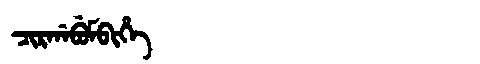
Manchu: ᠴᡳᡵᡤᠠᠪᡠᠮᠪᡳᡥᡝ
Romanization: CIRGABUMBIHE